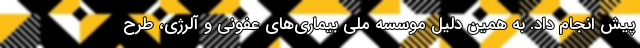
پیش انجام داد. به همین دلیل موسسه ملی بیماری‌های عفونی و آلرژی، طرح